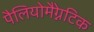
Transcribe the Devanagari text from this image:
पैलियोमैग्नेटिक